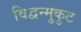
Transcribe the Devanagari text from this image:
विद्वन्मुकुट